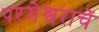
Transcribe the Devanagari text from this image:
परमेश्वराचें